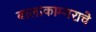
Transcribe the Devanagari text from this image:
बालाकाम्गराचे